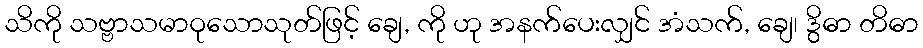
သိကို သဗ္ဗာသမာဝုသောသုတ်ဖြင့် ချေ, ကို ဟု အနက်ပေးလျှင် အံသက်, ချေ၊ ဒွိဓာ တိဓာ